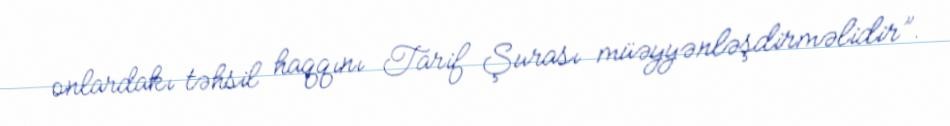
onlardakı təhsil haqqını Tarif Şurası müəyyənləşdirməlidir”.